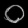
Digit: ၀